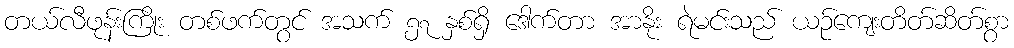
တယ်လီဖုန်းကြိုး တစ်ဖက်တွင် အသက် ၅၇ နှစ်ရှိ ဒေါက်တာ အာနိုး ရဲမင်းသည် ယဉ်ကျေးတိတ်ဆိတ်စွာ